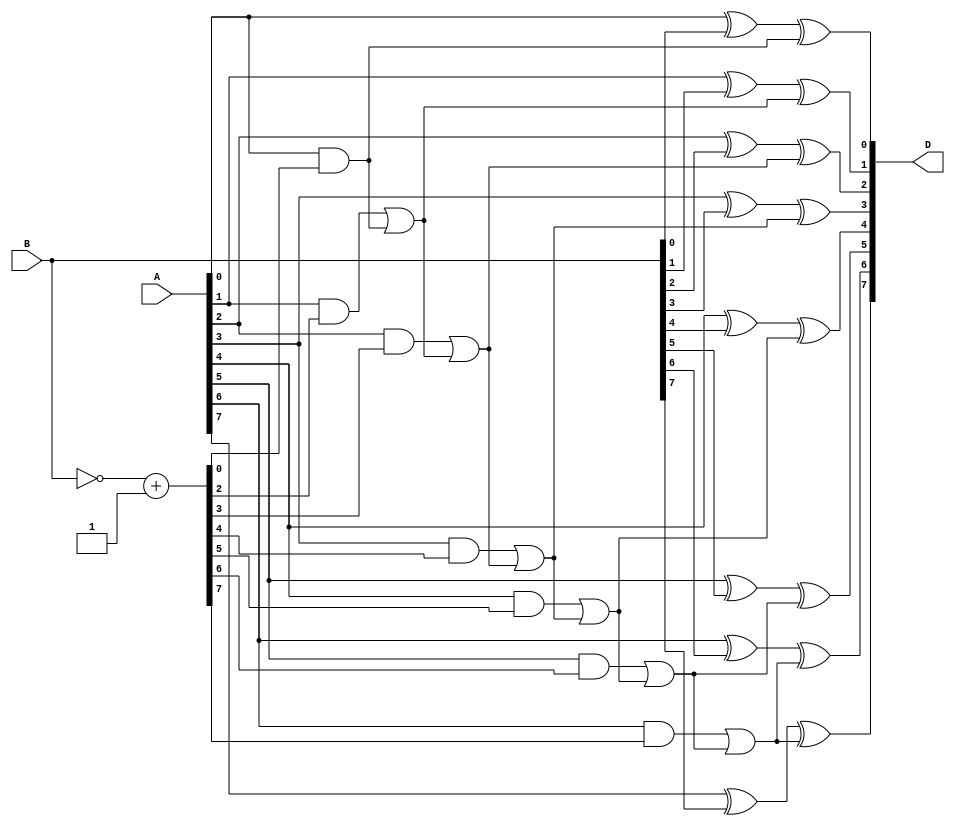
module subtractor (
  input wire [7:0] A,
  input wire [7:0] B,
  output reg [7:0] D
);

  wire [7:0] B_neg;
  wire [7:0] B_neg_1;
  wire [7:0] B_neg_2;
  wire [7:0] Borrow;
  
  assign B_neg = ~B + 1;
  assign B_neg_1 = {1'b0, B_neg[7:1]};
  assign B_neg_2 = {2'b0, B_neg[7:2]};
  
  assign Borrow[0] = A[0] & B_neg[0];
  assign Borrow[1] = A[1] & B_neg_1[1] | Borrow[0];
  assign Borrow[2] = A[2] & B_neg_1[2] | Borrow[1];
  assign Borrow[3] = A[3] & B_neg_1[3] | Borrow[2];
  assign Borrow[4] = A[4] & B_neg_1[4] | Borrow[3];
  assign Borrow[5] = A[5] & B_neg_1[5] | Borrow[4];
  assign Borrow[6] = A[6] & B_neg_1[6] | Borrow[5];
  assign Borrow[7] = A[7] & B_neg_1[7] | Borrow[6];
  
  always @(*) begin
    D[0] = A[0] ^ B[0] ^ Borrow[0];
    D[1] = A[1] ^ B[1] ^ Borrow[1];
    D[2] = A[2] ^ B[2] ^ Borrow[2];
    D[3] = A[3] ^ B[3] ^ Borrow[3];
    D[4] = A[4] ^ B[4] ^ Borrow[4];
    D[5] = A[5] ^ B[5] ^ Borrow[5];
    D[6] = A[6] ^ B[6] ^ Borrow[6];
    D[7] = A[7] ^ B[7] ^ Borrow[7];
  end
endmodule